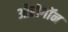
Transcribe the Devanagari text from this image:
ओरोगॉन